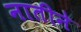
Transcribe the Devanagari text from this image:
नातीने